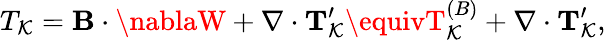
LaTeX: T_{\mathcal{K}}={\mathbf{{B}}}\cdot\nablaW+\nabla\cdot{\mathbf{{T}}}_{\mathcal{K}}^{\prime}\equivT_{\mathcal{K}}^{(B)}+\nabla\cdot{\mathbf{{T}}}_{\mathcal{K}}^{\prime},